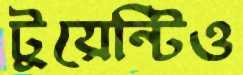
টুয়েন্টিও